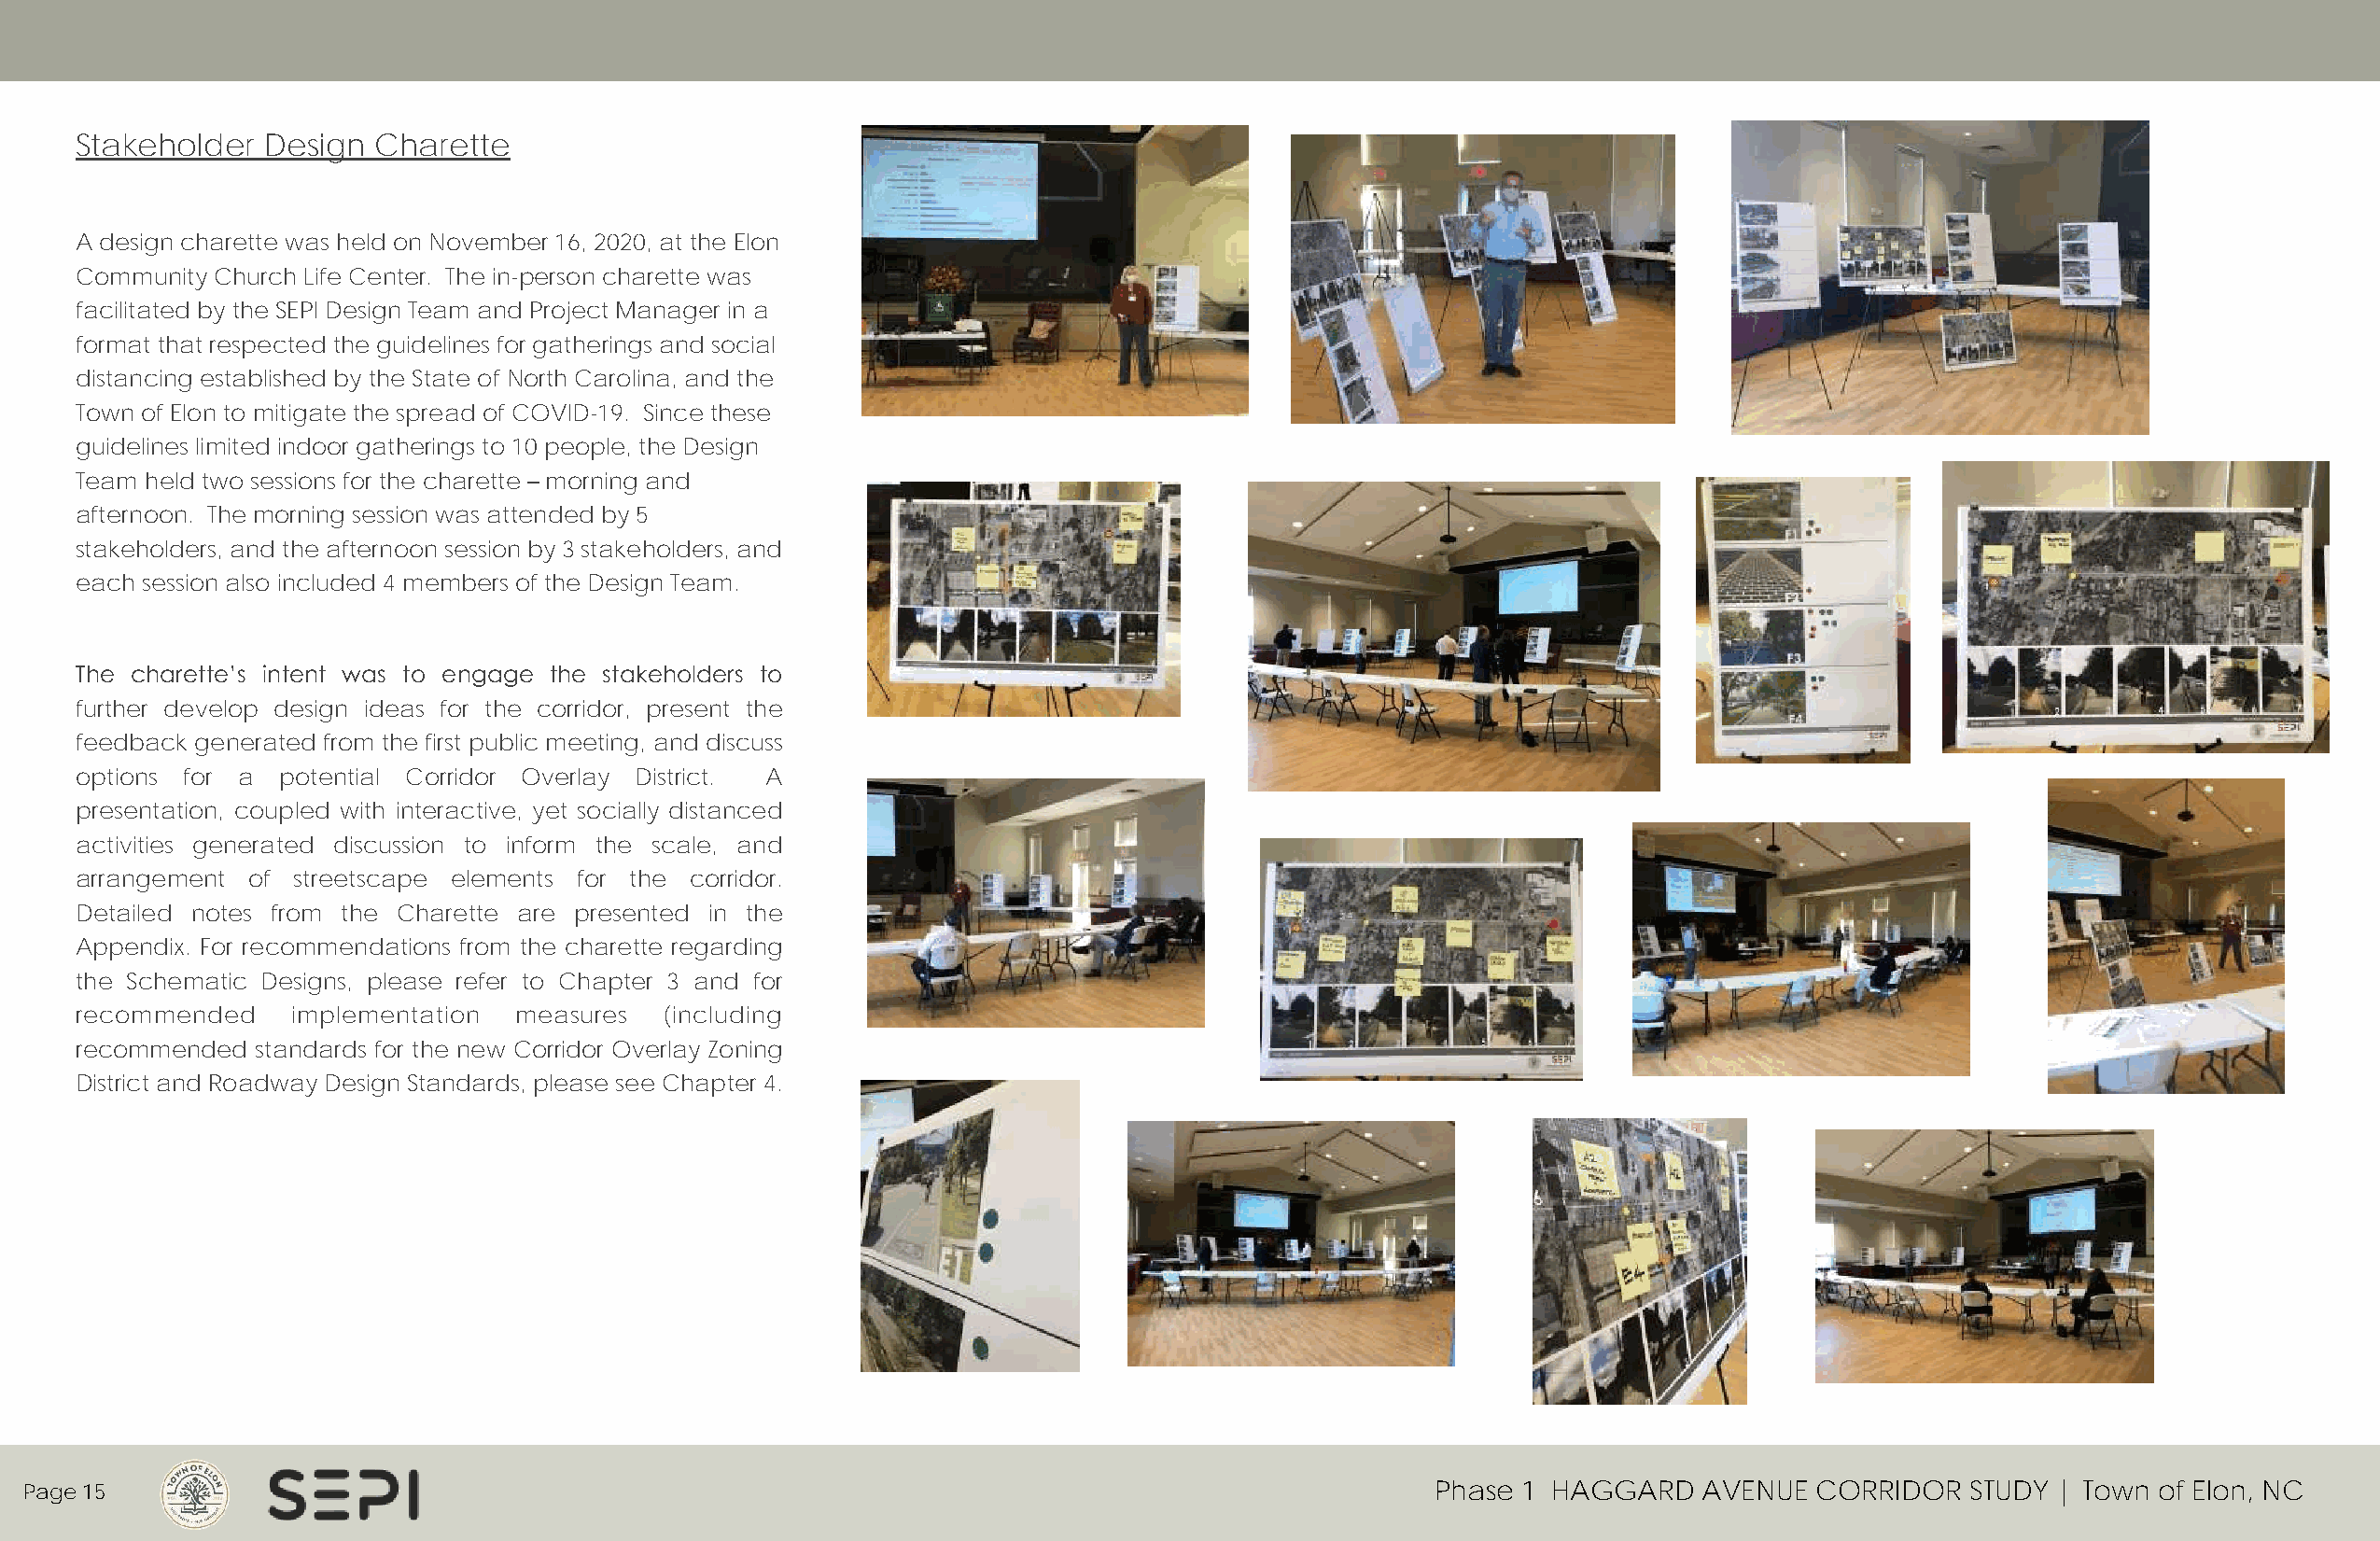
Stakeholder   Design  Charette
 A design charette was held on November 16, 2020, at the Elon
 Community Church Life Center. The in-person charette was
 facilitated by the SEPI Design Team and Project Manager in a
 format that respected the guidelines for gatherings and social
 distancing established by the State of North Carolina, and the
 Town of Elon to mitigate the spread of COVID-19. Since these
 guidelines limited indoor gatherings to 10 people, the Design
 Team held two sessions for the charette – morning and
 afternoon. The morning session was attended by 5
 stakeholders, and the afternoon session by 3 stakeholders, and
 each session also included 4 members of the Design Team.
 The charette’s intent was to engage the stakeholders to
 further develop design ideas for the corridor, present the
 feedback generated from the first public meeting, and discuss
 options for a  potential Corridor Overlay District. A
 presentation, coupled with interactive, yet socially distanced
 activities generated discussion to inform the scale, and
 arrangement  of streetscape elements for the corridor.
 Detailed notes from the Charette are presented in the
 Appendix. For recommendations from the charette regarding
 the Schematic Designs, please refer to Chapter 3 and for
 recommended     implementation  measures  (including
 recommended  standards for the new Corridor Overlay Zoning
 District and Roadway Design Standards, please see Chapter 4.
 Page 15                                                                                             Phase 1 HAGGARD    AVENUE  CORRIDOR   STUDY | Town of Elon, NC